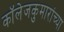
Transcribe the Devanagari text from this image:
कॉलेजकुमारांच्या